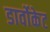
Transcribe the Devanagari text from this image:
डार्वोकेट